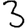
Digit: 3